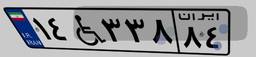
۱۴W۳۳۸۸۴